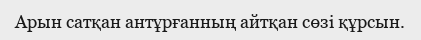
Арын сатқан антұрғанның айтқан сөзі құрсын.